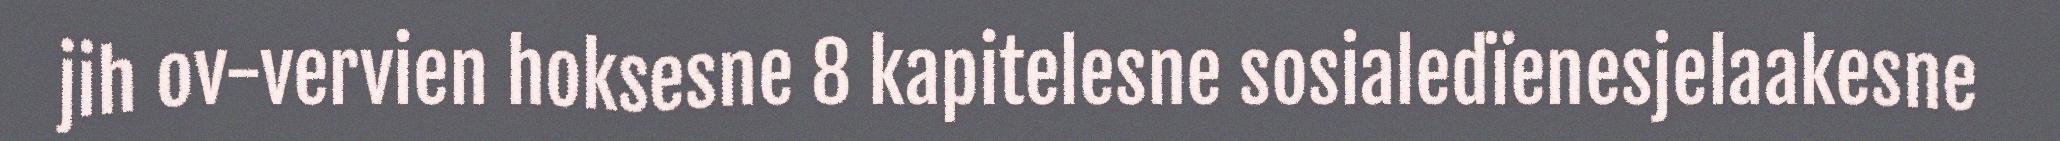
jih ov-vervien hoksesne 8 kapitelesne sosialedïenesjelaakesne